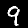
Label: 9